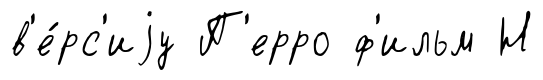
в'е́рс'иjу П'ерро ф'ильм Н